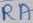
Text: RA